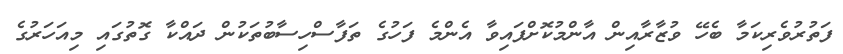
ފަތުރުވެރިކަމާ ބެހޭ ވުޒާރާއިން އާންމުކޮށްފައިވާ އެންމެ ފަހުގެ ތަފާސްހިސާބުތަކުން ދައްކާ ގޮތުގައި މިއަހަރުގެ